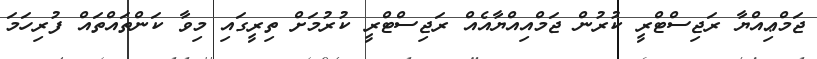
ޖަމްޢިއްޔާ ރަޖިސްޓްރީ ކުރުން ޖަމްއިއްޔާއެއް ރަޖިސްޓްރީ ކުރުމަށް ތިރީގައި މިވާ ކަންތައްތައް ފުރިހަމަ